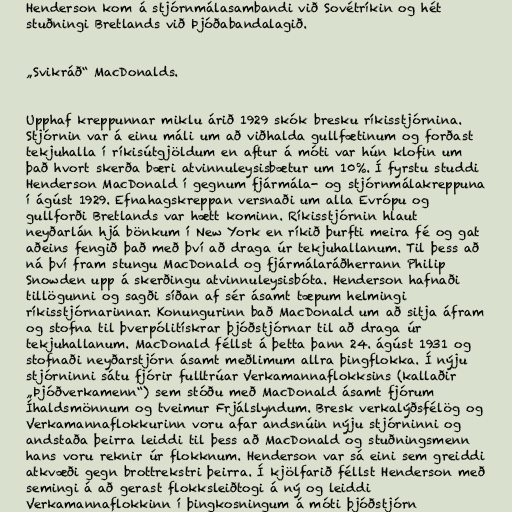
Henderson kom á stjórnmálasambandi við Sovétríkin og hét
stuðningi Bretlands við Þjóðabandalagið.

„Svikráð“ MacDonalds.

Upphaf kreppunnar miklu árið 1929 skók bresku ríkisstjórnina.
Stjórnin var á einu máli um að viðhalda gullfætinum og forðast
tekjuhalla í ríkisútgjöldum en aftur á móti var hún klofin um
það hvort skerða bæri atvinnuleysisbætur um 10%. Í fyrstu studdi
Henderson MacDonald í gegnum fjármála- og stjórnmálakreppuna
í ágúst 1929. Efnahagskreppan versnaði um alla Evrópu og
gullforði Bretlands var hætt kominn. Ríkisstjórnin hlaut
neyðarlán hjá bönkum í New York en ríkið þurfti meira fé og gat
aðeins fengið það með því að draga úr tekjuhallanum. Til þess að
ná því fram stungu MacDonald og fjármálaráðherrann Philip
Snowden upp á skerðingu atvinnuleysisbóta. Henderson hafnaði
tillögunni og sagði síðan af sér ásamt tæpum helmingi
ríkisstjórnarinnar. Konungurinn bað MacDonald um að sitja áfram
og stofna til þverpólitískrar þjóðstjórnar til að draga úr
tekjuhallanum. MacDonald féllst á þetta þann 24. ágúst 1931 og
stofnaði neyðarstjórn ásamt meðlimum allra þingflokka. Í nýju
stjórninni sátu fjórir fulltrúar Verkamannaflokksins (kallaðir
„Þjóðverkamenn“) sem stóðu með MacDonald ásamt fjórum
Íhaldsmönnum og tveimur Frjálslyndum. Bresk verkalýðsfélög og
Verkamannaflokkurinn voru afar andsnúin nýju stjórninni og
andstaða þeirra leiddi til þess að MacDonald og stuðningsmenn
hans voru reknir úr flokknum. Henderson var sá eini sem greiddi
atkvæði gegn brottrekstri þeirra. Í kjölfarið féllst Henderson með
semingi á að gerast flokksleiðtogi á ný og leiddi
Verkamannaflokkinn í þingkosningum á móti þjóðstjórn